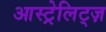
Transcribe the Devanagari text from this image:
आस्ट्रेलिट्ज़